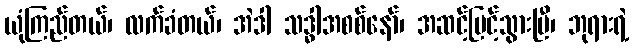
ယုံကြည်တယ်၊ လက်ခံတယ်၊ အဲဒါ သဒ္ဓါအစစ်နော်၊ အဆင့်မြင့်သွားပြီ၊ ဘုရားရဲ့